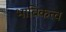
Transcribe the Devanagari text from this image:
भाविकत्व